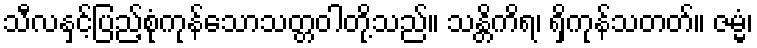
သီလနှင့်ပြည့်စုံကုန်သောသတ္တဝါတို့သည်။ သန္တိကိရ၊ ရှိကုန်သတတ်။ ဇမ္မံ၊